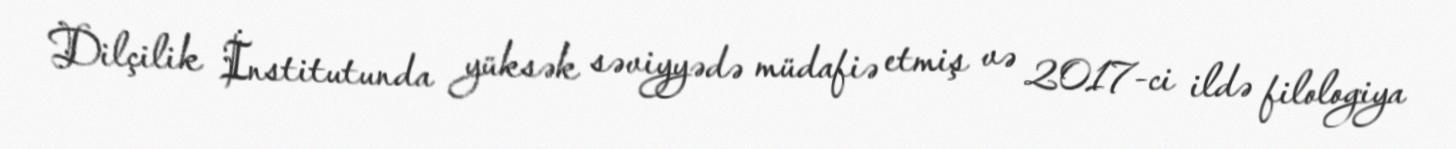
Dilçilik İnstitutunda yüksək səviyyədə müdafiə etmiş və 2017-ci ildə filologiya